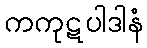
ကကုဋပါဒါနံ